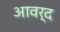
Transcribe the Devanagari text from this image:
आवर्द